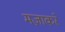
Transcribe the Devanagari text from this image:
मज़ाकरे